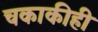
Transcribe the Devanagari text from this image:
चकाकीही